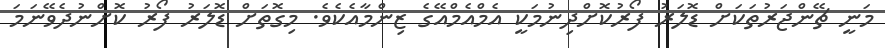
މަނީ ޗޭންޖަރުތަކަށް ޑޮލަރު ފޯރުކޮށްދިނުމަކީ އެމްއެމްއޭގެ ޒިންމާއެކެވެ. މިގޮތަށް ޑޮލަރު ފޯރު ކޮށްނުދެވޭނަމަ